Lunatic asylums Madras 1892-1911 - 1892-1911
Year: 1892
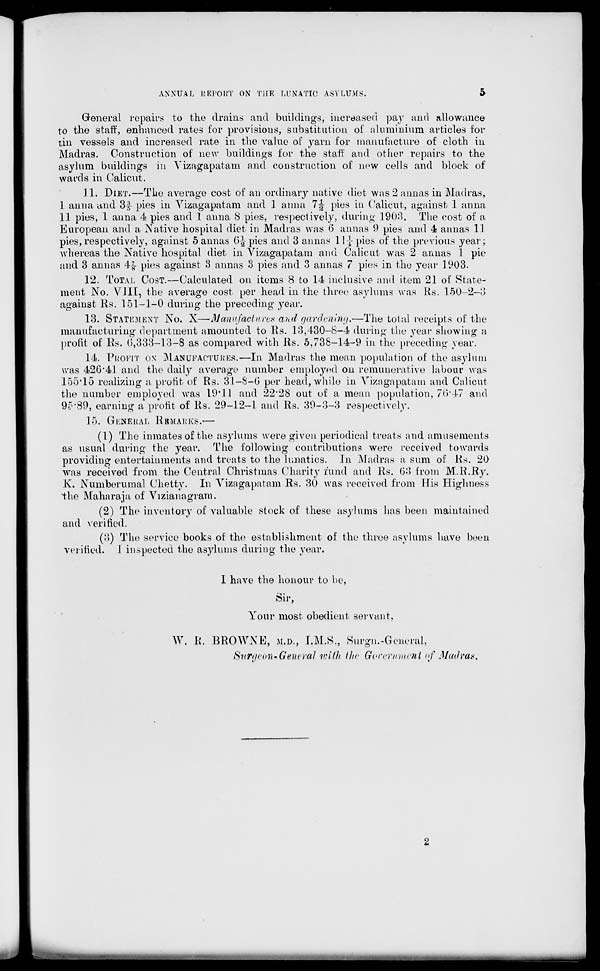
ANNUAL REPORT ON THE LUNATIC ASYLUMS.
5
General repairs to the drains and buildings, increased pay and allowance
to the staff, enhanced rates for provisions, substitution of aluminium articles for
tin vessels and increased rate in the value of yarn for manufacture of cloth in
Madras. Construction of new buildings for the staff and other repairs to the
asylum buildings in Yizagapatam and construction of new cells and block of
wards in Calicut.
11. DIET.—The average cost of an ordinary native diet was 2 annas in Madras,
I anna and 3? r pies in Yizagapatam and 1 anna 7J- pies in Calicut, against 1 anna
II pies, 1 anna 4 pies and 1 anna 8 pies, respectively, during 1903. The cost of a
European and a Native hospital diet in Madias was (5 annas 9 pies and 4 annas 11
pies, respectively, against 5 annas 0J pies and 3 annas 1.1-J- pies of the previous year;
whereas the Native hospital diet in Yizagapatam and Calicut was 2 annas 1 pie
and 3 annas 4£ pies against 3 annas 3 pies and 3 annas 7 pies in the year 1903.
12. TOTAL COST.—Calculated on items 8 to 14 inclusive and item 21 of State-
ment No. VIII, the average cost per head in the three asylums was Rs. 150-2-3
against Rs. 151-1-0 during the preceding year.
13. STATKMENT NO. X—Manufacture* and gardening,—The total receipts of the
manufacturing department amounted to Rs. 13,430-8-4 during the year showing a
profit of Rs. 0,333-13-8 as compared with Rs. 5,738-14-9 in the preceding year.
1.4. PROFIT ox MANUFACTURES.—In Madras the mean population of the asylum
was 426'41 and the daily average number employed on remunerative labour was
155*15 realizing a profit of Rs. 31-8-0 per head, while in Yizagapatam and Calicut
the number employed was 19*11 and 22*28 out of a mean population, 76*47 and
9^*89, earning a profit of Rs. 29-12-1 and Rs. 39-3-3 respectively,
15. GENERAL RBMALKS.—
(1) The inmates of the asylums were given periodical treats and amusements
as usual during the year. The following contributions were received towards
providing entertainments and treats to the lunatics. In Madras a sum of Rs. 20
was received, from the Central Christmas Charity fund and Rs. 03 from M.R.Ry.
K. Numberumal Chetty. In Yizagapatam Rs. 30 was received from Mis Highness
the Maharaja of Yizianagram.
(2) The inventory of valuable stock of these asylums has been maintained
and verified.
(3) The service books of the establishment of the three asylums have been
verified. . 1 inspected the asylums during the year.
I have the honour to be,
kSir,
Your most obedient servant,
W. R. BROWNE, M.D., I.M.S., Surgn.-General,
Sufcteon-Gent ral with tin- Government of Madras*
2